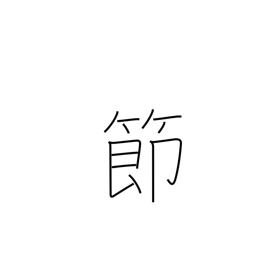
Meaning: knot